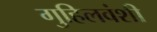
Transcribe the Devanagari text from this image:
गुहिलवंशी